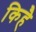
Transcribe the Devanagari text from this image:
किहै